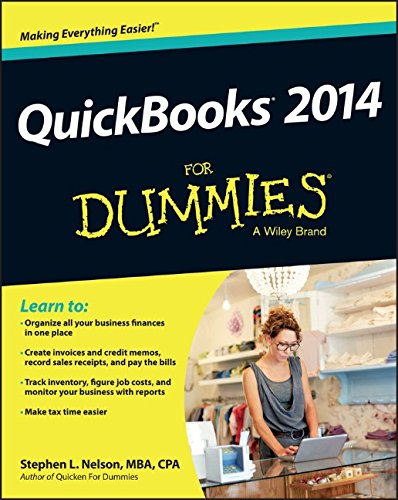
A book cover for QuickBooks 2014 For Dummies; Stephen L. Nelson; Computers & Technology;